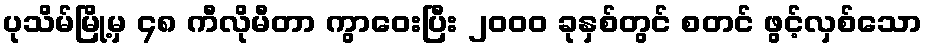
ပုသိမ်မြို့မှ ၄၈ ကီလိုမီတာ ကွာဝေးပြီး ၂၀၀၀ ခုနှစ်တွင် စတင် ဖွင့်လှစ်သော